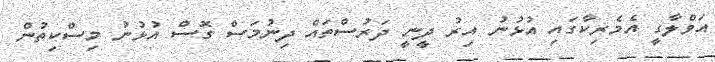
އަވްލާގީ އެމެރިކާގައި އުޅުނު އިރު ދީނީ ދަރުސްތައް ދިނުމަސް ގޮސް އުޅުނު މިސްކިތުން